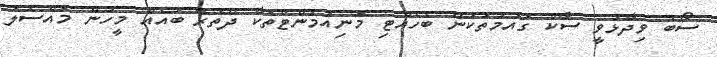
ސޯބެ ވިދާޅުވީ ސާކް ގައުމުތަކުން ބެހެއްޓި މޮނިއުމަންޓްތަކާ ދޭތެރޭ ބައެއް މީހުން މައްސަލަ